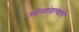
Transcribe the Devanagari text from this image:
ओलांडल्याचे